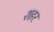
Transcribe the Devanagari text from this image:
शहर